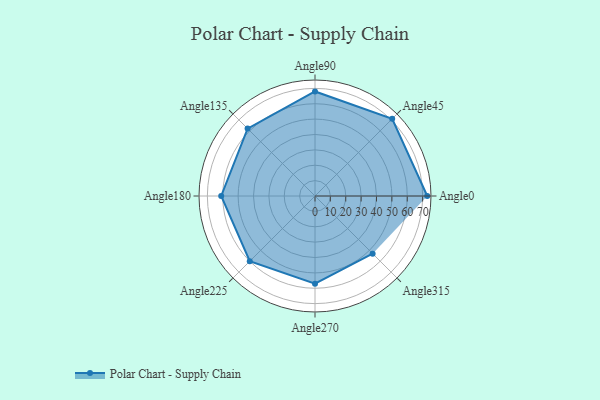
{"axis": {"x": "Angle", "y": "Radius"}, "legend": [""], "data": [{"x": "Angle0", "y": 73.0, "type": ""}, {"x": "Angle45", "y": 71.0, "type": ""}, {"x": "Angle90", "y": 68.0, "type": ""}, {"x": "Angle135", "y": 62.0, "type": ""}, {"x": "Angle180", "y": 61.0, "type": ""}, {"x": "Angle225", "y": 60.0, "type": ""}, {"x": "Angle270", "y": 57.0, "type": ""}, {"x": "Angle315", "y": 53.0, "type": ""}]}